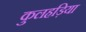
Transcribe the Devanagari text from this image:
कुलहड़िया